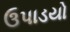
ઉપાડયો